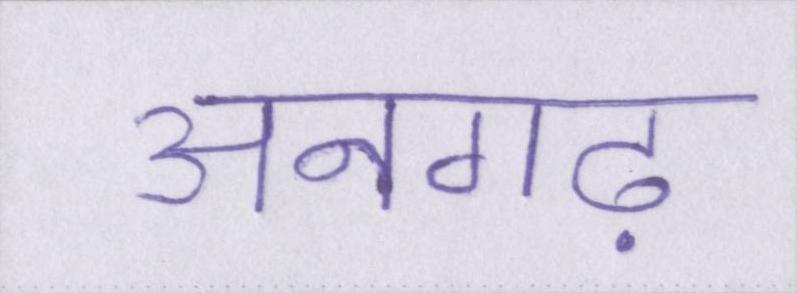
अनगढ़